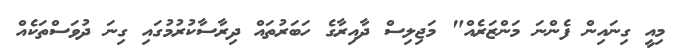
މިއީ ގިނައިން ފެންނަ މަންޒަރެއް" މަޖިލިސް ދާއިރާގެ ހަބަރުތައް ދިރާސާކުރުމުގައި ގިނަ ދުވަސްތަކެއް